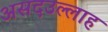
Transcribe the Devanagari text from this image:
असदउल्लाह